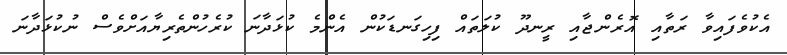
އެކުވެފައިވާ ރަތާއި އޮރެންޖާއި ރީނދޫ ކުލަތައް ފިހިގަނޑަކުން އެންމެ ކުޅަދާނަ ކުރެހުންތެރިޔާއަށްވެސް ނުކުޅަދާނަ